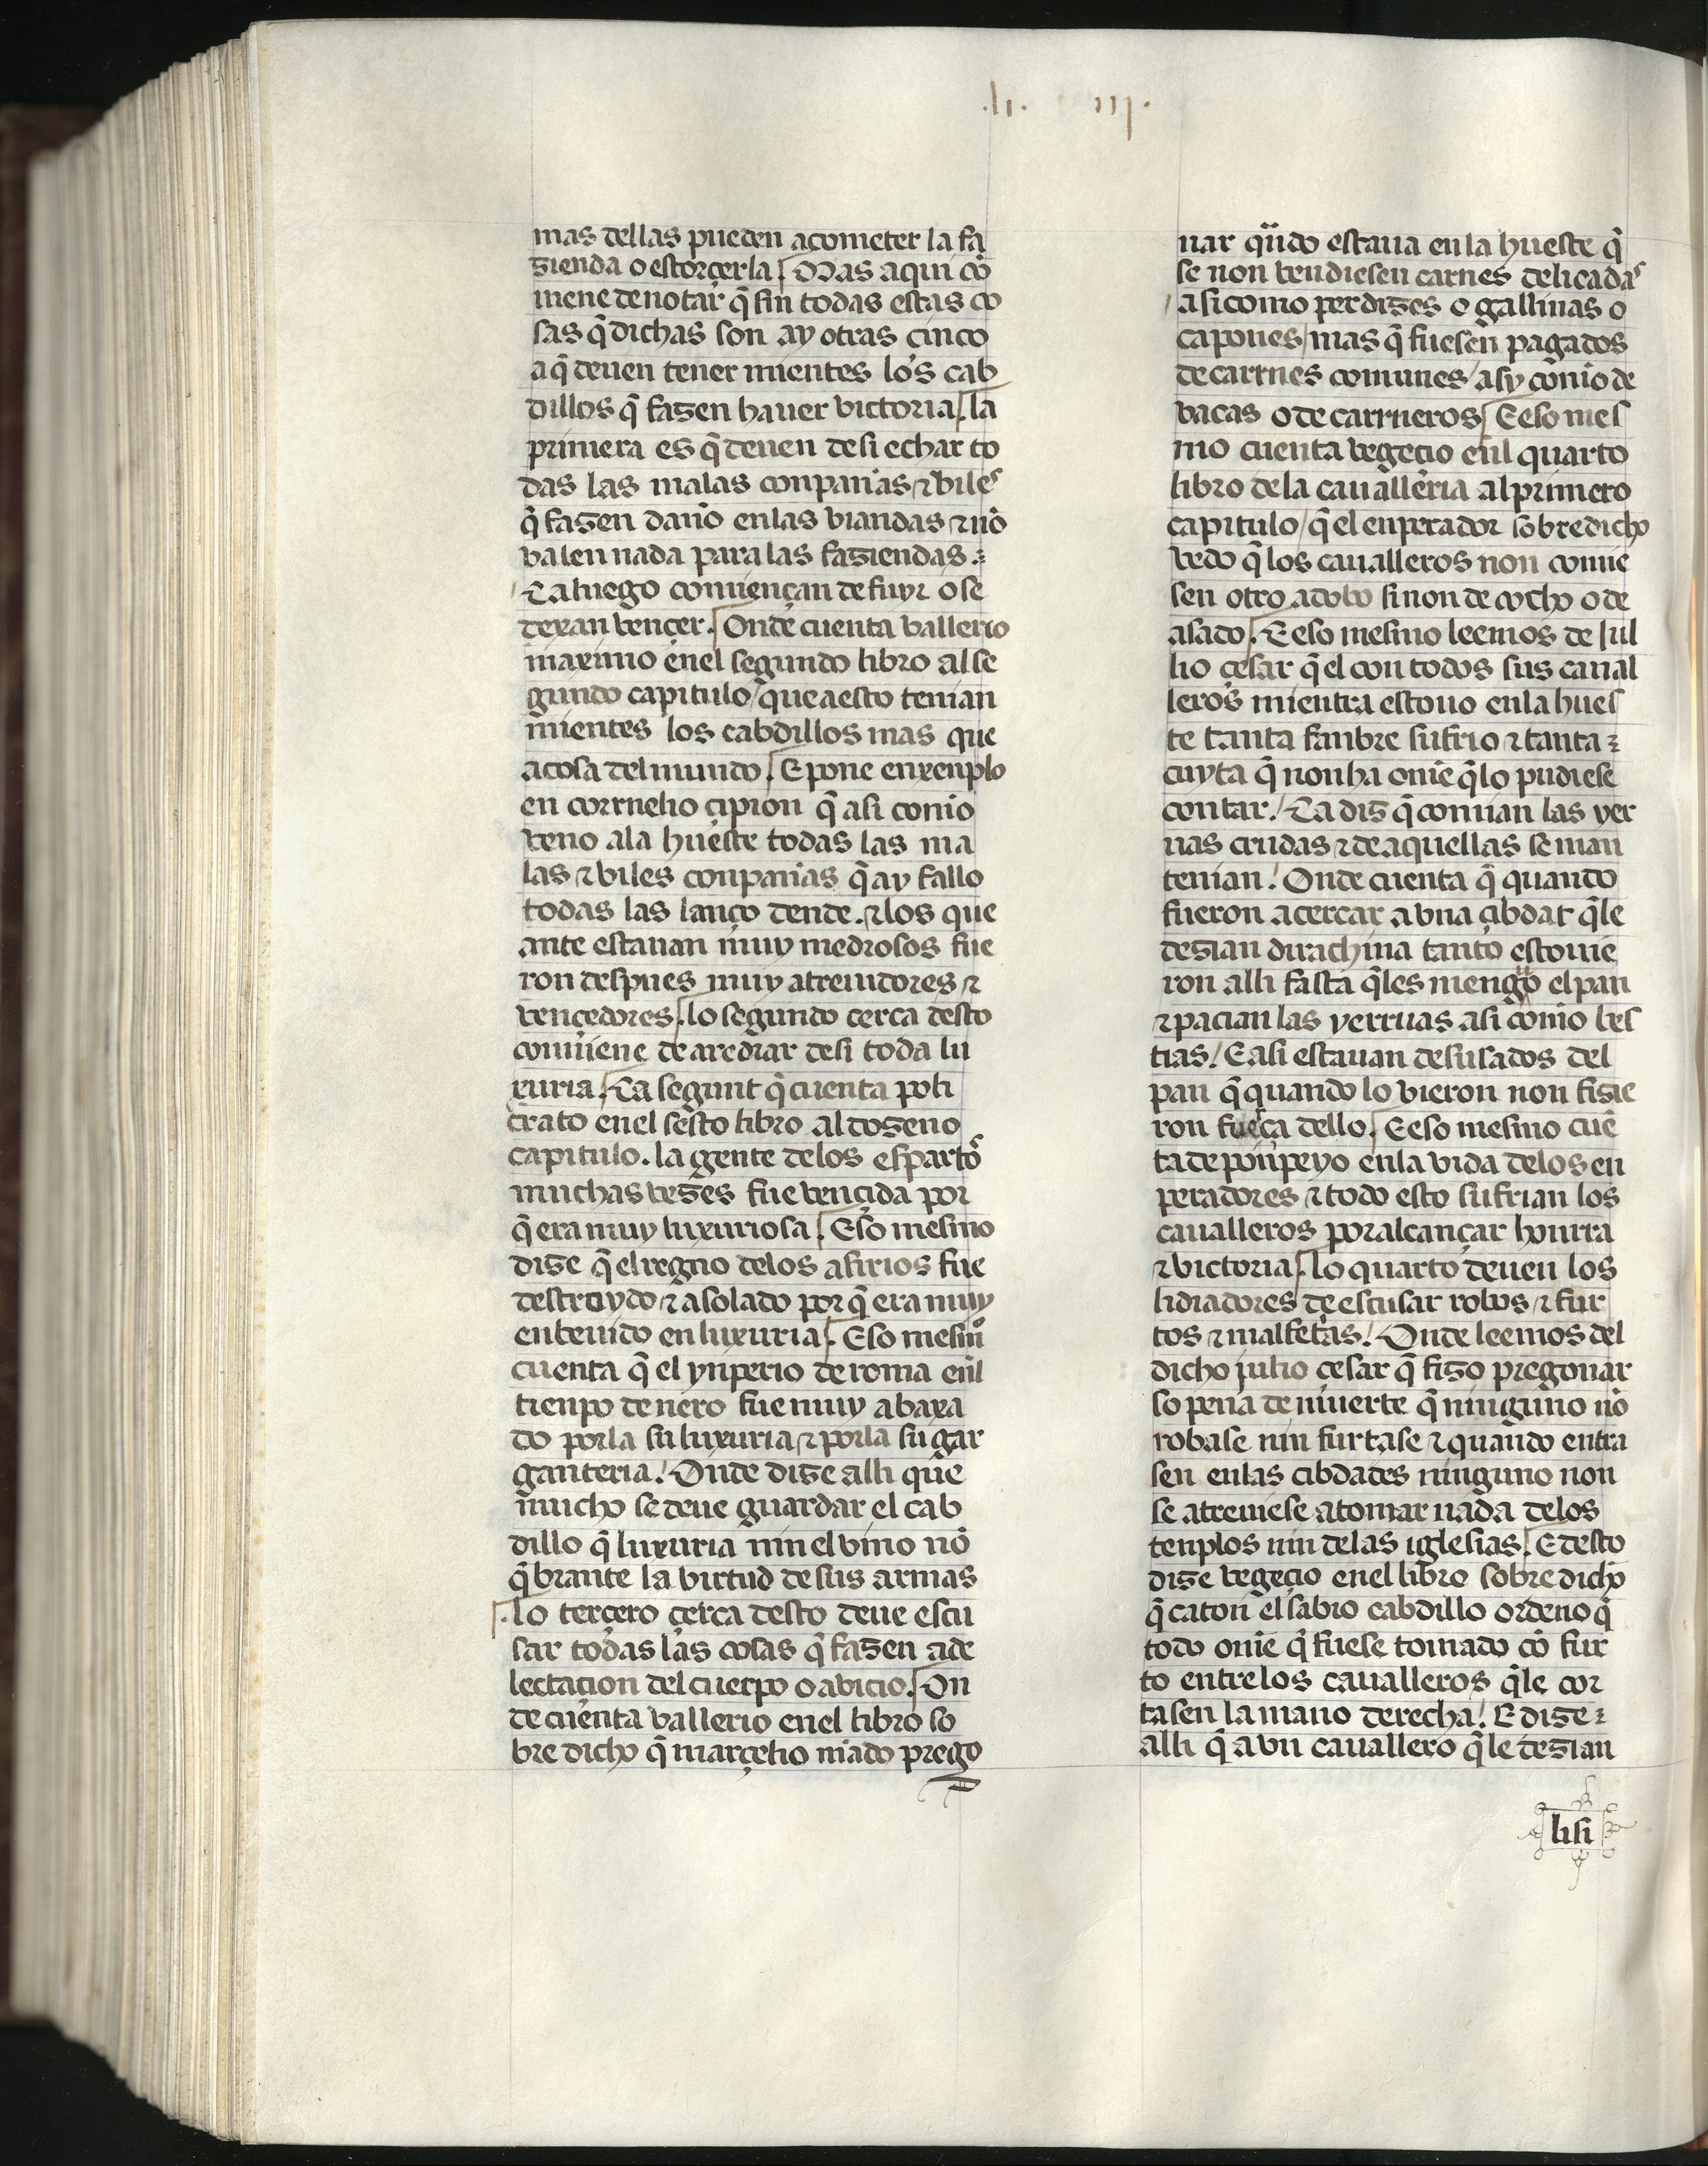
Shelfmark: Madrid, Fundación Lázaro Galdiano, mss 289
Century: 15